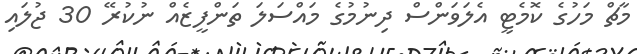
މާޗް މަހުގެ ކޮމެޓީ އެލަވަންސް ދިނުމުގެ މައްސަލަ ތަންފީޒެއް ނުކުރޭ 30 ޖުލައި